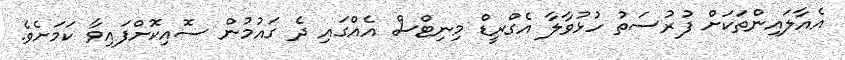
އެއާލައިންތަކަށް ފުރުސަތު ހުޅުވާލާ އެގްރީޑް މިނިޓްސް އެއްގައި ދެ ގައުމުން ސޮއިކޮށްފައިވާ ކަމަށެވެ.